Structure of Hæmatopota pluvialis (Meigen) - Number 55
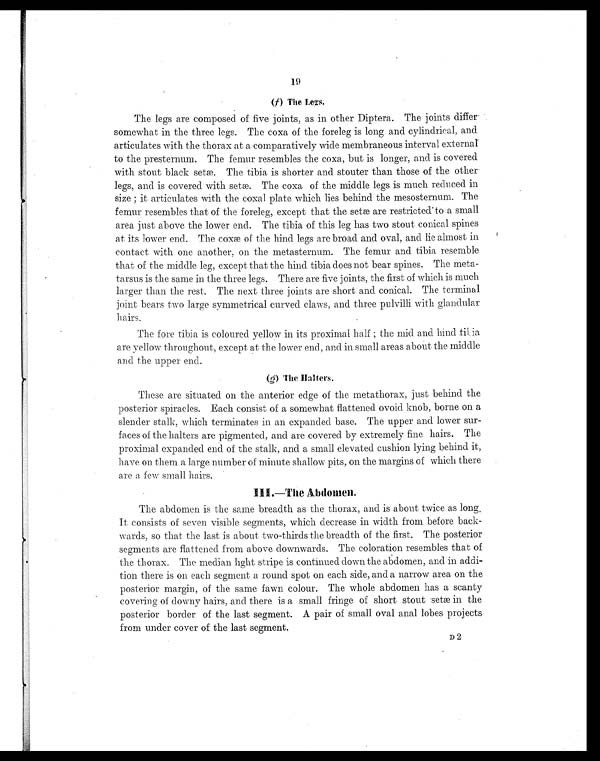
19
(f ) The Legs.
The legs are composed of five joints, as in other Diptera. The joints differ-
somewhat in the three legs. The coxa of the foreleg is long and cylindrical, and
articulates with the thorax at a comparatively wide membraneous interval external
to the presternum. The femur resembles the coxa, but is longer, and is covered
with stout black setæ. The tibia is shorter and stouter than those of the other
legs, and is covered with setæ. The coxa of the middle legs is much reduced in
size ; it articulates with the coxal plate which lies behind the mesosternum. The
femur resembles that of the foreleg, except that the setæ are restricted to a small
area just above the lower end. The tibia of this leg has two stout conical spines
at its lower end. The coxæ of the hind legs are broad and oval, and lie almost in
contact with one another, on the metasternum. The femur and tibia resemble
that of the middle leg, except that the hind tibia does not bear spines. The meta-
tarsus is the same in the three legs. There are five joints, the first of which is much
larger than the rest. The next three joints are short and conical. The terminal
joint bears two large symmetrical curved claws, and three pulvilli with glandular
hairs.
The fore tibia is coloured yellow in its proximal half ; the mid and hind
tibia are yellow throughout, except at the lower end, and in small areas about the middle
and the upper end.
(g) The Halters.
These are situated on the anterior edge of the metathorax, just behind the
posterior spiracles. Each consist of a somewhat flattened ovoid knob, borne on a
slender stalk, which terminates in an expanded base. The upper and lower sur-
faces of the halters are pigmented, and are covered by extremely fine hairs. The
proximal expanded end of the stalk, and a small elevated cushion lying behind it,
have on them a large number of minute shallow pits, on the margins of which there
are a few small hairs.
III.—The Abdomen.
The abdomen is the same breadth as the thorax, and is about twice as long.
It consists of seven visible segments, which decrease in width from before back-
wards, so that the last is about two-thirds the breadth of the first. The posterior
segments are flattened from above downwards. The coloration resembles that of
the thorax. The median light stripe is continued down the abdomen, and in addi
-tion there is on. each segment a round spot on each side, and a narrow area on the
posterior margin, of the same fawn colour. The whole abdomen has a scanty
covering of downy hairs, and there is a small fringe of short stout setæ in the
posterior border of the last segment. A pair of small oval anal lobes projects
from under cover of the last segment.
D 2